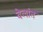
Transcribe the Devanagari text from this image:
वेलांत